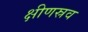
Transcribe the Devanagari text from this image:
क्षीणस्रव